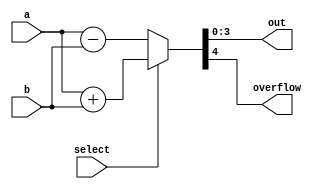
module Adder_Subtractor(a, b, select, out, overflow);

input  [3:0] a, b;
input        select;
output [3:0] out;
output       overflow;

assign {overflow, out} = select ? a+b : (a - b);



endmodule